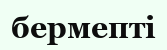
бермепті